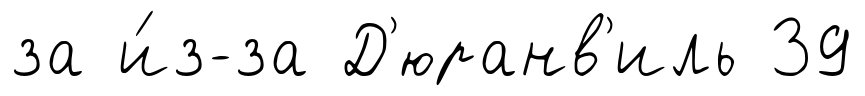
за и́з-за Д'юранв'иль 39